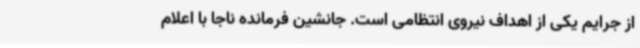
از جرایم یکی از اهداف نیروی انتظامی است. جانشین فرمانده ناجا با اعلام